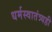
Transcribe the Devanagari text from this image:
धर्मस्वातंत्र्यही